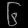
Digit: ၆